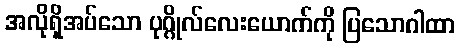
အလိုရှိအပ်သော ပုဂ္ဂိုလ်လေးယောက်ကို ပြသောဂါထာ